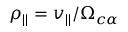
\rho _ { | | } = v _ { | | } / \Omega _ { c \alpha }